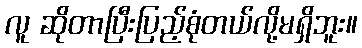
လူ ဆိုတာပြီးပြည့်စုံတယ်လို့မရှိဘူး။